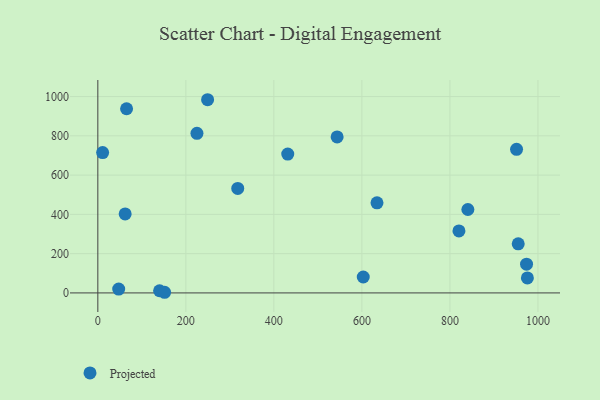
{"axis": {"x": "Study Hours", "y": "Rating"}, "legend": ["Projected"], "data": [{"x": "10.9", "y": 714.9, "type": "Projected"}, {"x": "603.1", "y": 81.2, "type": "Projected"}, {"x": "840.8", "y": 424.9, "type": "Projected"}, {"x": "634.3", "y": 458.8, "type": "Projected"}, {"x": "951.4", "y": 731.4, "type": "Projected"}, {"x": "140.3", "y": 11.0, "type": "Projected"}, {"x": "955.2", "y": 250.2, "type": "Projected"}, {"x": "47.4", "y": 19.8, "type": "Projected"}, {"x": "317.9", "y": 532.0, "type": "Projected"}, {"x": "543.7", "y": 794.3, "type": "Projected"}, {"x": "225.2", "y": 812.6, "type": "Projected"}, {"x": "249.4", "y": 983.9, "type": "Projected"}, {"x": "62.1", "y": 402.1, "type": "Projected"}, {"x": "151.7", "y": 3.3, "type": "Projected"}, {"x": "65.3", "y": 937.9, "type": "Projected"}, {"x": "431.5", "y": 707.0, "type": "Projected"}, {"x": "974.1", "y": 146.5, "type": "Projected"}, {"x": "976.0", "y": 76.4, "type": "Projected"}, {"x": "820.5", "y": 315.6, "type": "Projected"}]}